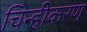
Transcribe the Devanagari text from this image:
चिन्हीकरण